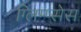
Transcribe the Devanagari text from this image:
ग्लिम्प्सेस